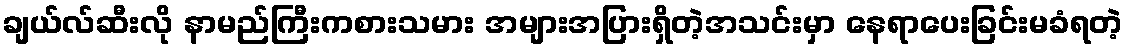
ချယ်လ်ဆီးလို နာမည်ကြီးကစားသမား အများအပြားရှိတဲ့အသင်းမှာ နေရာပေးခြင်းမခံရတဲ့